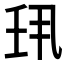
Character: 𫡖